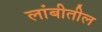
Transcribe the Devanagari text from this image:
लांबीतील